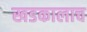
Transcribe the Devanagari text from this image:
खडकालाच